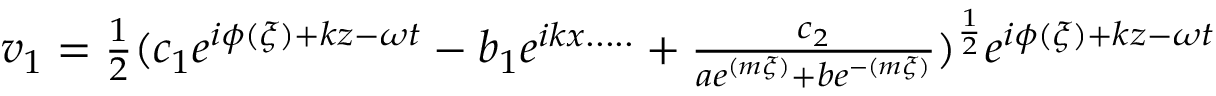
\begin{array} { r } { v _ { 1 } = \frac { 1 } { 2 } ( c _ { 1 } e ^ { i \phi ( \xi ) + k z - \omega t } - b _ { 1 } e ^ { i k x . . . . . } + \frac { c _ { 2 } } { a e ^ { ( m \xi ) } + b e ^ { - ( m \xi ) } } ) ^ { \frac { 1 } { 2 } } e ^ { i \phi ( \xi ) + k z - \omega t } } \end{array}